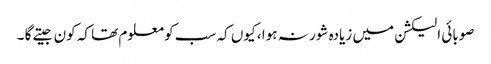
صوبائی الیکشن میں زیادہ شور نہ ہوا ، کیوں کہ سب کو معلوم تھا کہ کون جیتے گا ۔